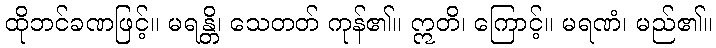
ထိုဘင်ခဏဖြင့်။ မရန္တိ၊ သေတတ် ကုန်၏။ ဣတိ၊ ကြောင့်။ မရဏံ၊ မည်၏။